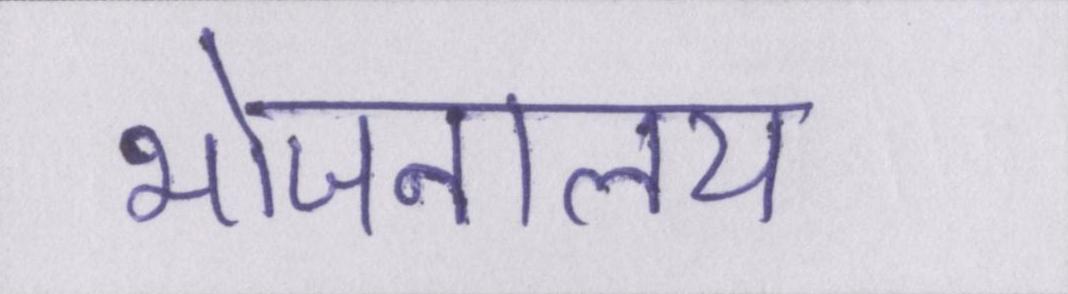
भोजनालय